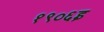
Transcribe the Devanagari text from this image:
१९०६इ